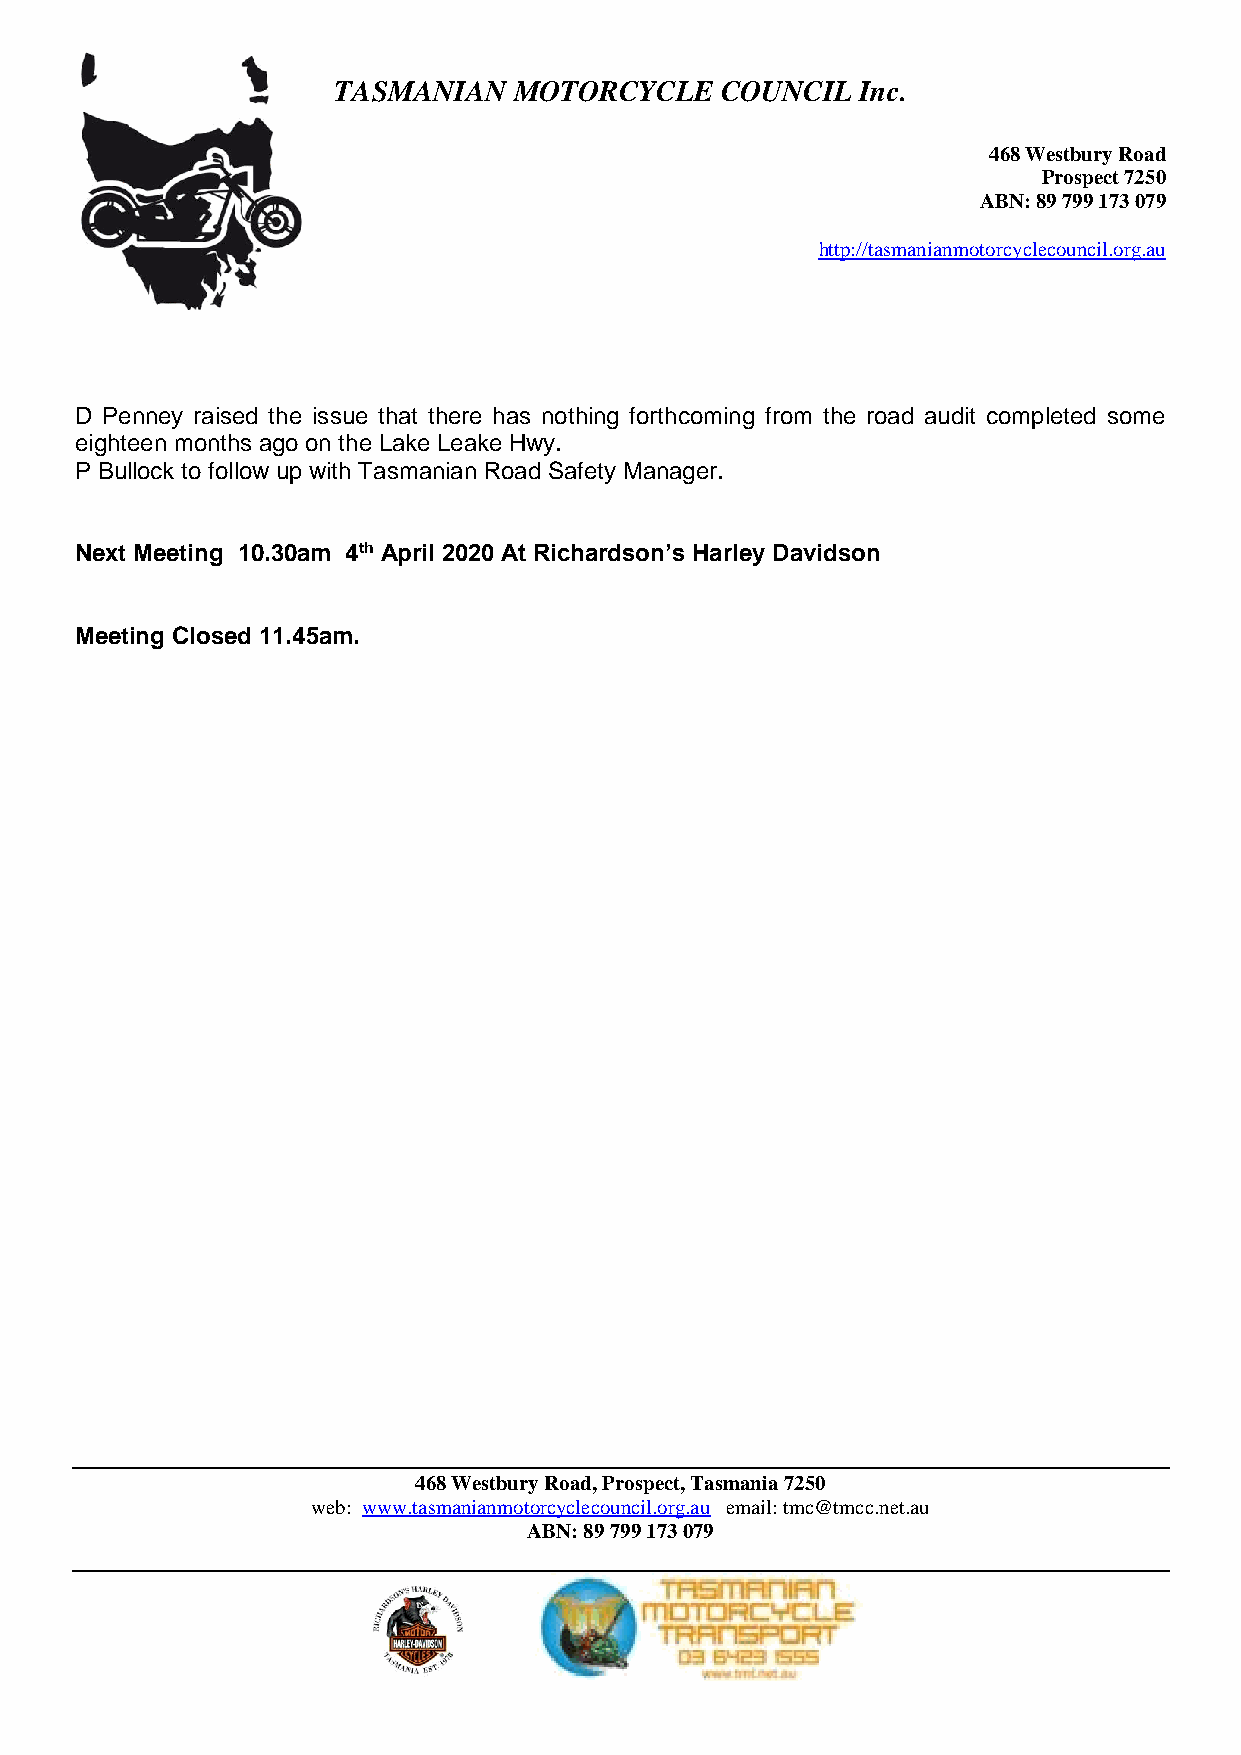
TASMANIAN   MOTORCYCLE    COUNCIL  Inc.
 468 Westbury Road
 Prospect 7250
 ABN: 89 799 173 079
 http://tasmanianmotorcyclecouncil.org.au
 D Penney raised the issue that there has nothing forthcoming from the road audit completed some
 eighteen months ago on the Lake Leake Hwy.
 P Bullock to follow up with Tasmanian Road Safety Manager.
 Next Meeting 10.30am 4th April 2020 At Richardson’s Harley Davidson
 Meeting Closed 11.45am.
 468 Westbury Road, Prospect, Tasmania 7250
 web: www.tasmanianmotorcyclecouncil.org.au email: tmc@tmcc.net.au
 ABN: 89 799 173 079